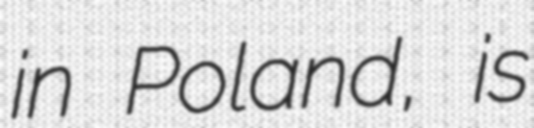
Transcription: in Poland, is